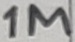
Text: 1M